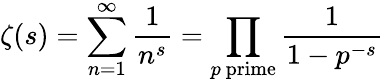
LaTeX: \zeta(s)=\sum_{n=1}^{\infty}{\frac{1}{n^{s}}}=\prod_{p{\mathrm{~prime}}}{\frac{1}{1-p^{-s}}}